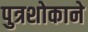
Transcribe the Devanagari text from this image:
पुत्रशोकाने